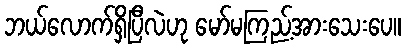
ဘယ်လောက်ရှိပြီလဲဟု မော်မကြည့်အားသေးပေ။